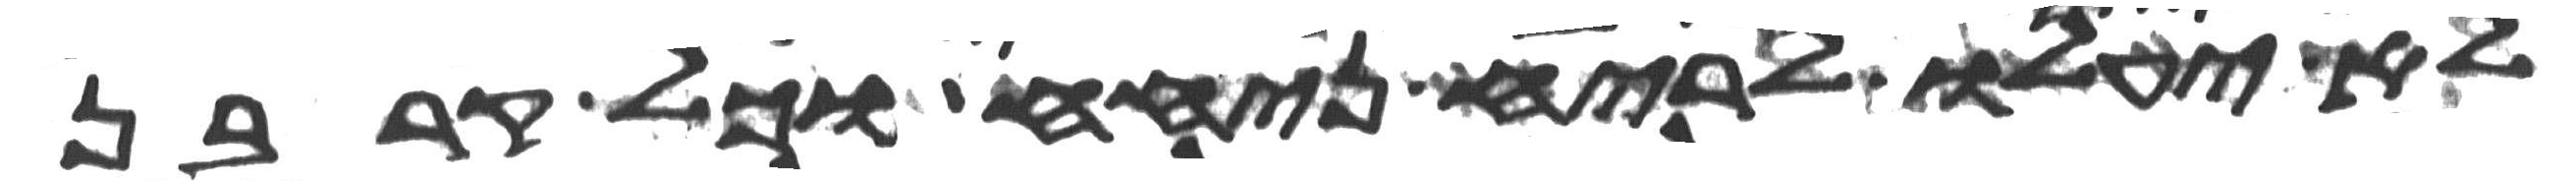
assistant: לא יעלו לריח ניחח וכל קרבן